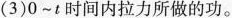
(3)0~t时间内拉力所做的功。